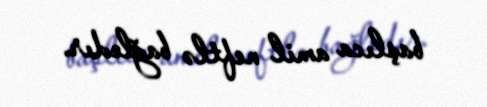
başlıca amil neftlə bağlıdır.